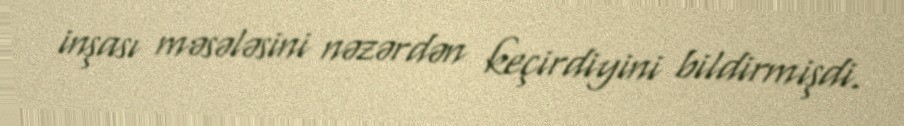
inşası məsələsini nəzərdən keçirdiyini bildirmişdi.